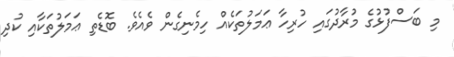
މި ބަސްފުޅުގެ މުރާދުގައި ހުރިހާ ޢަމަލުތަކެއް ހިމެނިގެން ވެއެވެ. ބޮޑެތި ޢަމަލުތަކާއި ކުދި